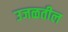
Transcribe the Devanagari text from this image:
उजळतील